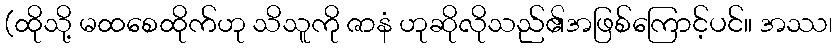
(ထိုသို့ မထစေထိုက်ဟု သိသူကို ဇာနံ ဟုဆိုလိုသည်၏အဖြစ်ကြောင့်ပင်။ အဿ၊